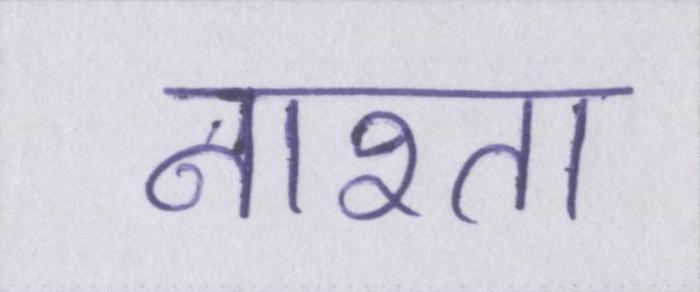
नाश्ता